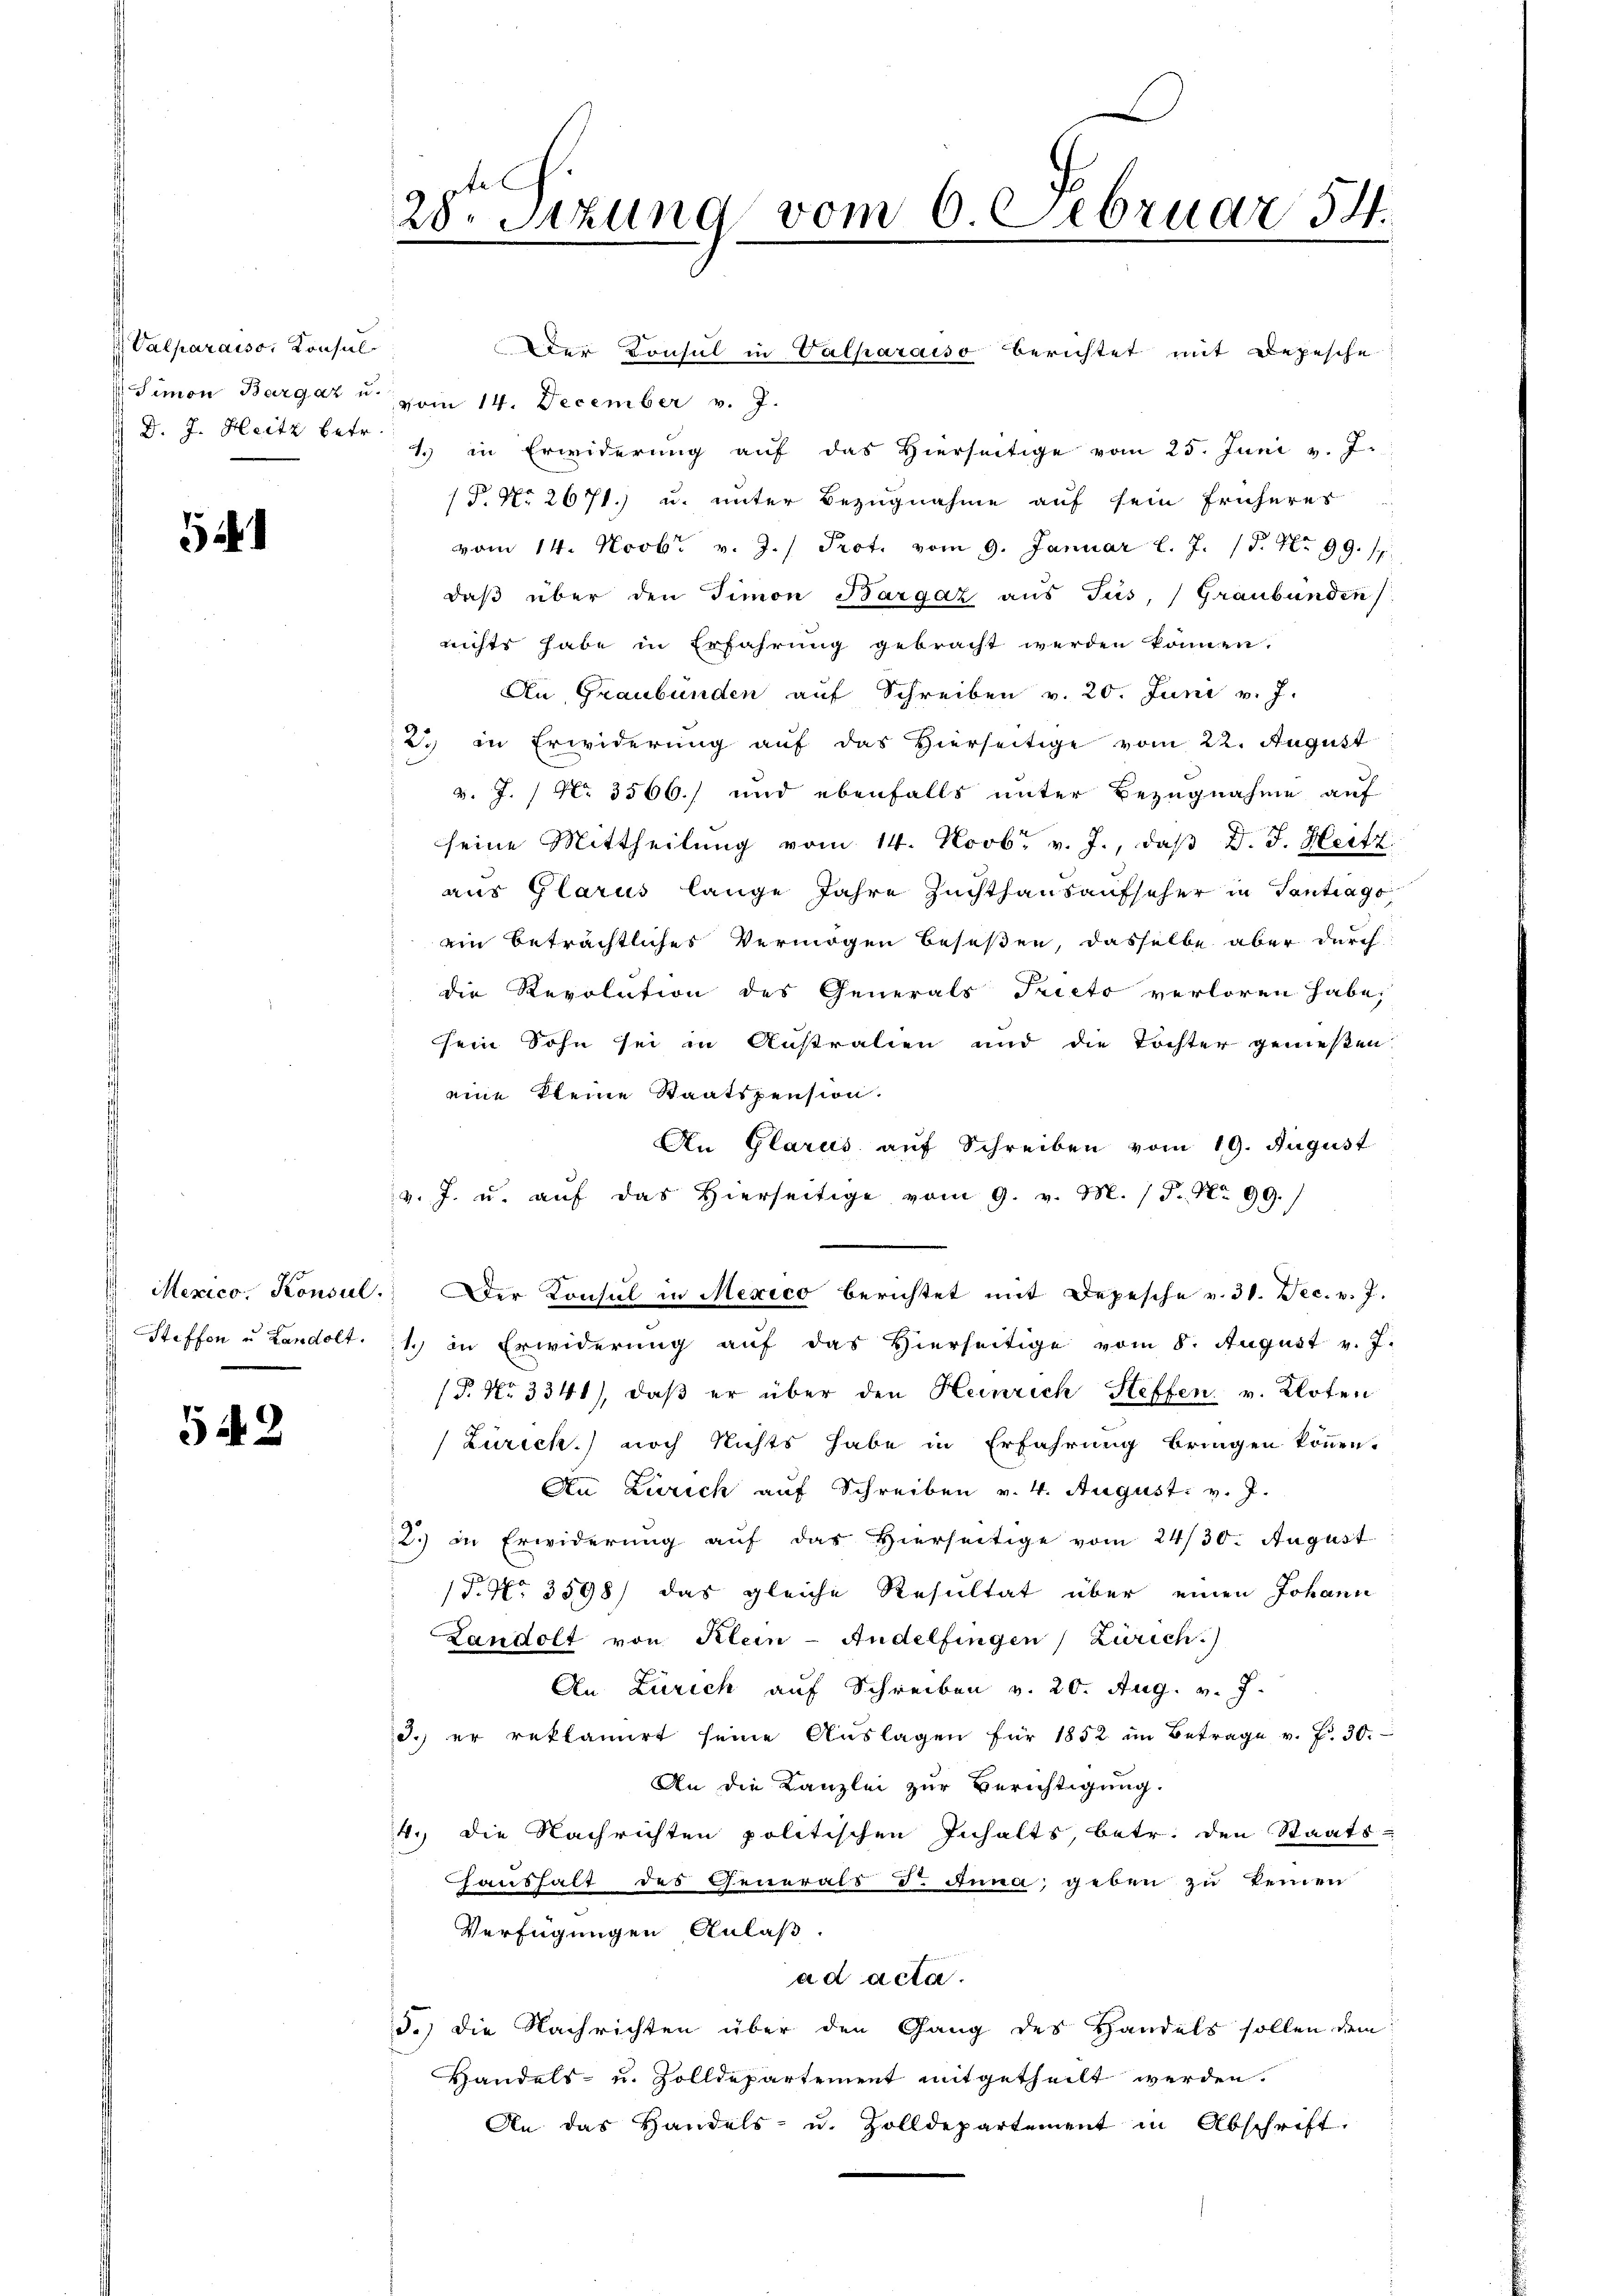
Valparaiso, Konsul

5

542

Der Konsul in Valparaiso berichtet mit Depesche
Simon Bargaz u. vom 14. December v. J.
 d. J. Heitz betr. 1. in Erwiderung auf das Hierseitige vom 25. Juni v. J.
 P. Nr. 2671.) u. unter Bezugnahme auf sein früheres
vom 14. Novbr. v. J.) Prot. vom 9. Januar l. J. (S. Nr. 99. 17.
daβ über den Timon Bargaz aus Jus, Graubünden
nichts habe in Erfahrung gebracht werden können.
An Graubünden auf Schreiben v. 20. Juni v. J.
2. in Erwiderung auf das Hierseitige vom 22. August
v. J. / No. 3566.) und ebenfalls unter Bezugnahme auf
seine Mittheilŭng vom 14. Novbr. v. J., daβ D. J. Heitz
aus Glarus lange Jahre Zuchthausaufseher in Santrags
ein beträchtliches Vermögen beseßen, dasselbe aber durch
die Revolution des Generals Precto verloren habe,
sein Sohn sei in Australien und die Tochter genießen.
eine kleine Staatspension.
An Glarus auf Schreiben vom 19. August
v. J. u. auf das Hierseitige vom 9. v. M. P. Nr. 99.
Mexico. Konsul. Der Konsul in Mexico berichtet mit Depesche v. 31. Dec. v. J.
Steffen u Landolt. 11. in Erwiderung auf das Hierseitige vom 8. August v. J.
(§. No 3341), daß er über den Heinrich Steffen v. Kloten
(Zürich.) noch nichts habe in Erfahrung bringen können.
An Zürich auf Schreiben v. 4. August. v. J.
2) in Erwiderung auf das hierseitige vom 24/30. August
(P. Nr. 3598) das gleiche Resultat über einen Johann
Landolt von Klein-Andelfingen Zürich.)
An Zürich auf Schreiben v. 20. Aug. v. J.
3. er reklamirt seine Auslagen für 1852 im Betrage v. f. 30.
An die Kanzlei zur Berichtigung.
4., die Nachrichten politischen Inhalts, betr. den Staats-
haushalt des Generals d. Anna geben zu keinen
Verfügungen Anlaß.
ad acta.
5.) Die Nachrichten über den Gang des Handels sollen dem
Handels- u. Zolldepartement mitgetheilt werden.
An das Handels- u. Zolldepartement in Abschrift,

te
28. Setzung vom 6. Februar 54.